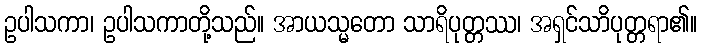
ဥပါသကာ၊ ဥပါသကာတို့သည်။ အာယသ္မတော သာရိပုတ္တဿ၊ အရှင်သာိပုတ္တရာ၏။